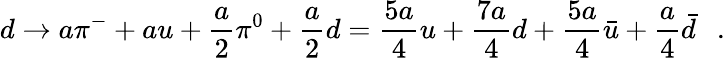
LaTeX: d\rightarrow a\pi^{-}+au+\frac{a}{2}\pi^{0}+\frac{a}{2}d=\frac{5a}{4}u+\frac{7a}{4}d+\frac{5a}{4}\bar{u}+\frac{a}{4}\bar{d}\ \ \ .